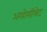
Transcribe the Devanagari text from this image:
असोसीयेट